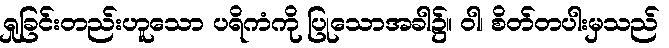
ရှုခြင်းတည်းဟူသော ပရိကံကို ပြုသောအခါ၌။ ဝါ၊ စိတ်တပါးမှသည်